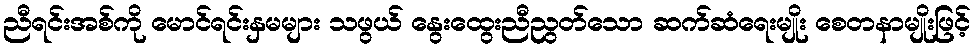
ညီရင်းအစ်ကို မောင်ရင်းနှမများ သဖွယ် နွေးထွေးညီညွတ်သော ဆက်ဆံရေးမျိုး စေတနာမျိုးဖြင့်